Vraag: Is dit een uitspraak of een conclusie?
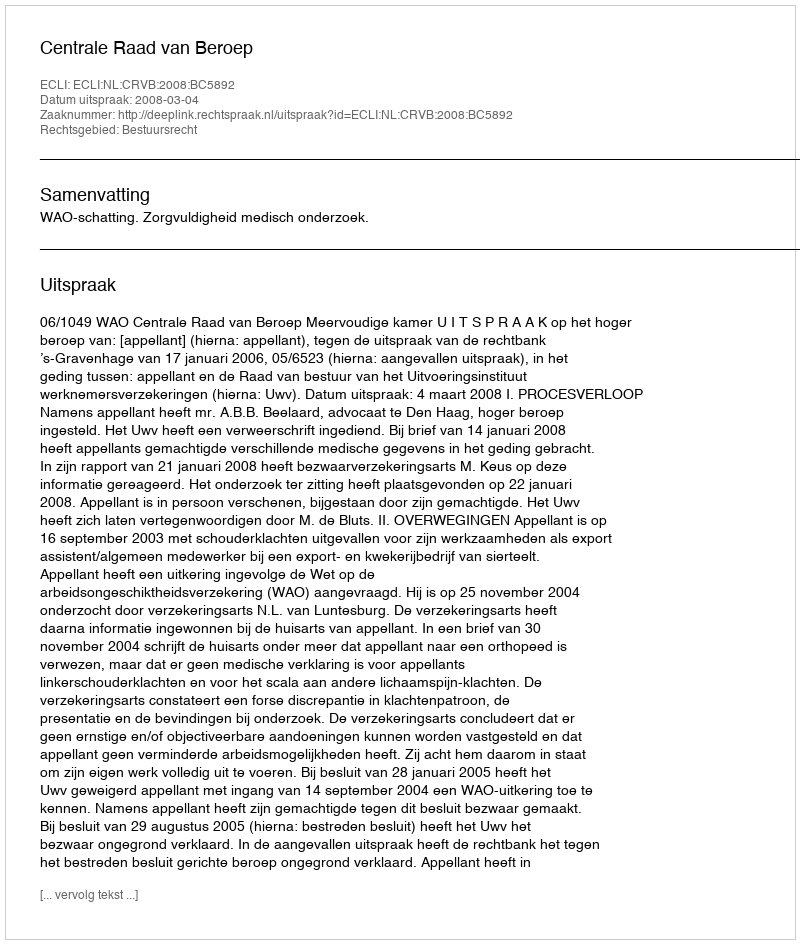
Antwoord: Uitspraak